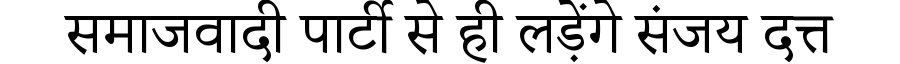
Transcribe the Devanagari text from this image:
समाजवादी पार्टी से ही लड़ेंगे संजय दत्त